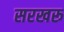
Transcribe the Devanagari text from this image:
सरखरू